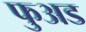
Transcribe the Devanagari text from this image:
फुअड